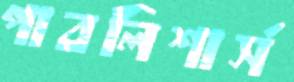
পাবলিশার্স